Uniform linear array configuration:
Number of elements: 48
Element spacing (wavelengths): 0.75
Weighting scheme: kaiser
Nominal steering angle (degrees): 0
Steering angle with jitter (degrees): -1.144
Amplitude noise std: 0.05
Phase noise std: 0.05

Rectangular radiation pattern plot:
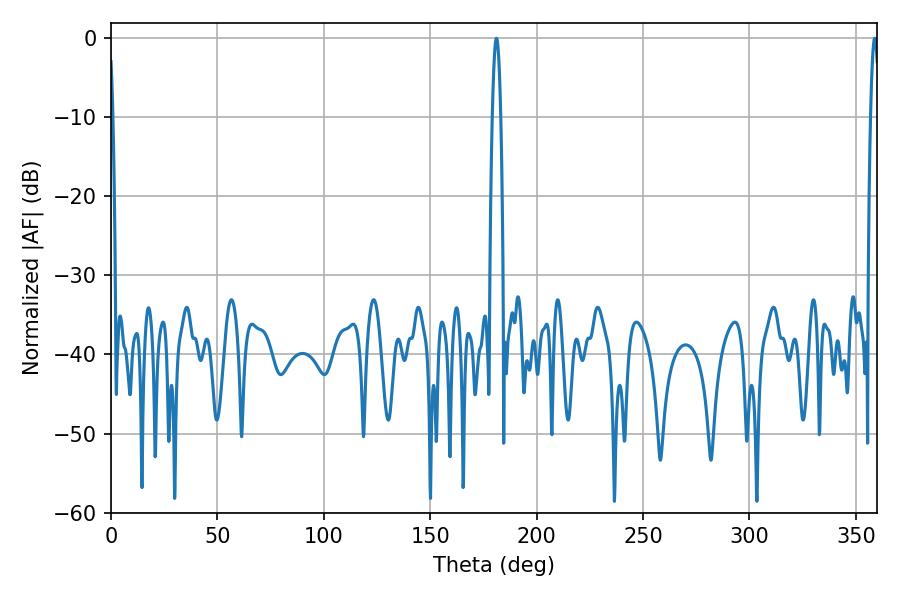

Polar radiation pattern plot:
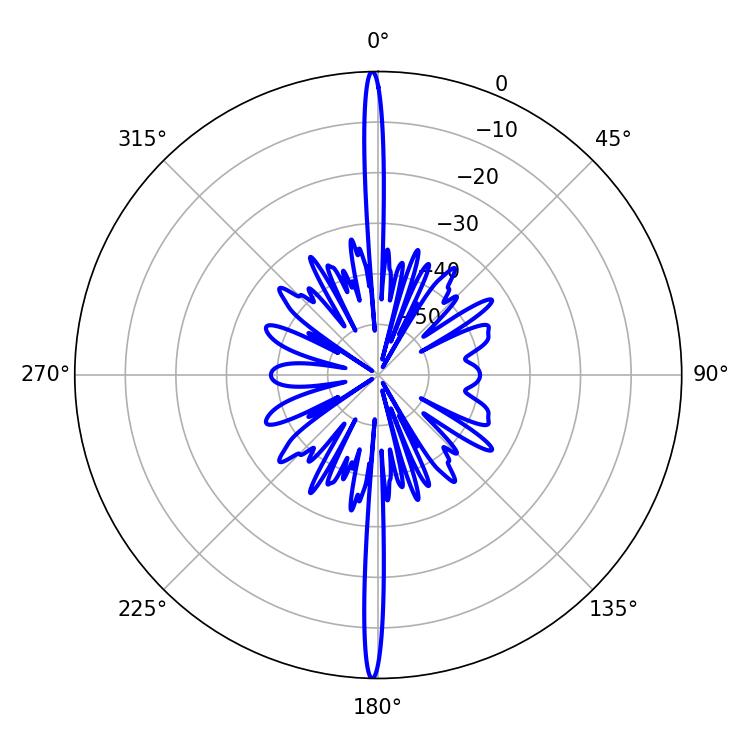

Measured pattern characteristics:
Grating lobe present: TRUE
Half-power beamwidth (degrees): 2.16
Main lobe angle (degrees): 181.08